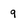
Character: 9